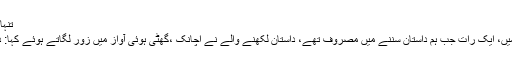
تنہائی والے سال – بیسواں حصّہ
مئی ۱۹۸۲ کے آخری دنوں میں، ایک رات جب ہم داستان سننے میں مصروف تھے، داستان لکھنے والے نے اچانک ،گھٹی ہوئی آواز میں زور لگاتے ہوئے کہا: دوستوں، خرم شہر آزاد ہوگیا!